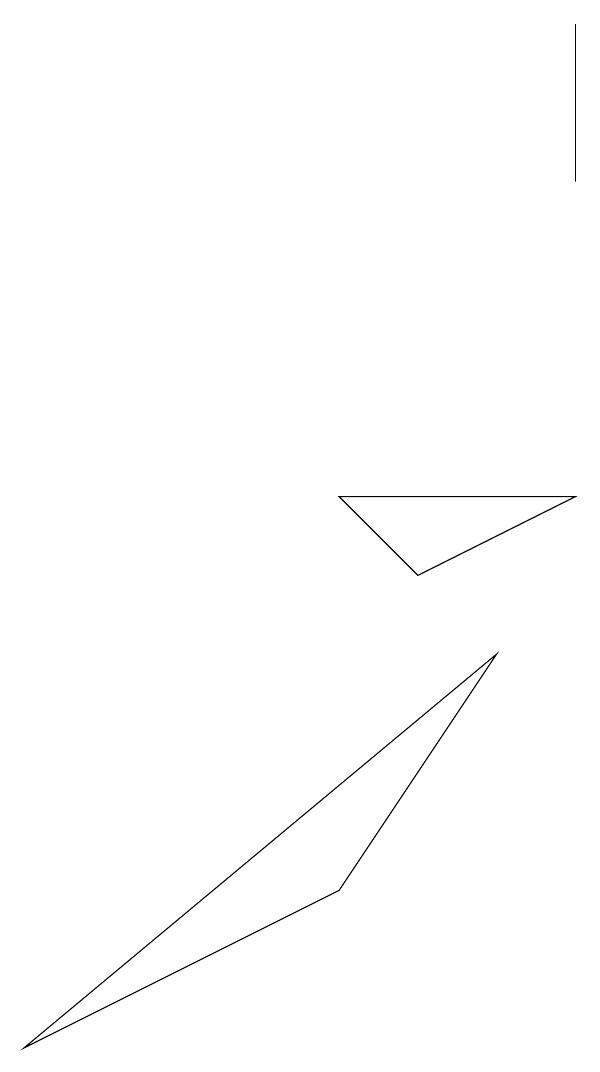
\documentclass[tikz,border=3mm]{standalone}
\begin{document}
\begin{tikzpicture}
\draw (7,6) -- (6,7) -- (9,7) -- cycle;
\draw (9,13) rectangle (9,11);
\draw (8,5) -- (2,0) -- (6,2) -- cycle;
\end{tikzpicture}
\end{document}